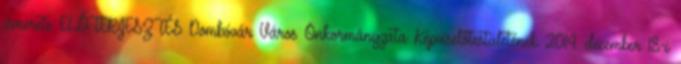
ismerete ELŐTERJESZTÉS Dombóvár Város Önkormányzata Képviselőtestületének 2014. december 18-i